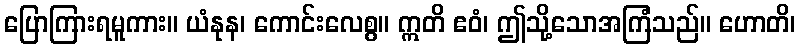
ပြောကြားရမူကား။ ယံနုန၊ ကောင်းလေစွ။ ဣတိ ဧဝံ၊ ဤသို့သောအကြံသည်။ ဟောတိ၊